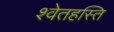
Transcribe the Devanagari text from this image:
श्वेतहस्ति